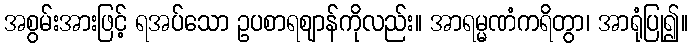
အစွမ်းအားဖြင့် ရအပ်သော ဥပစာရဈာန်ကိုလည်း။ အာရမ္မဏံကရိတွာ၊ အာရုံပြု၍။